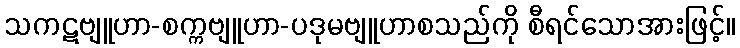
သကဋဗျူဟာ-စက္ကဗျူဟာ-ပဒုမဗျူဟာစသည်ကို စီရင်သောအားဖြင့်။